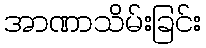
အာဏာသိမ်းခြင်း